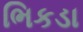
ભિકડા